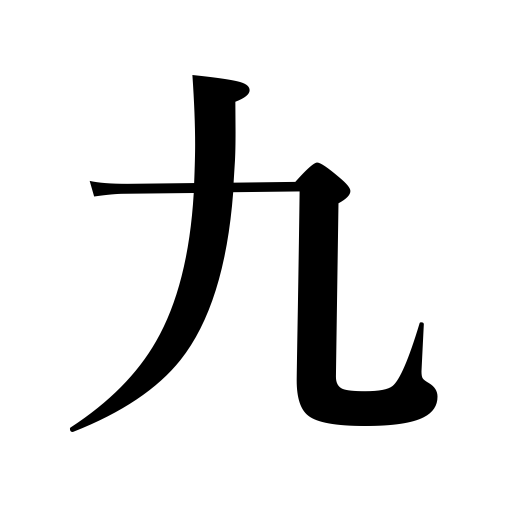
Meanings: nine